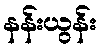
နန်းယွန်း